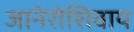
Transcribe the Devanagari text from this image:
जानेरोशिवाय